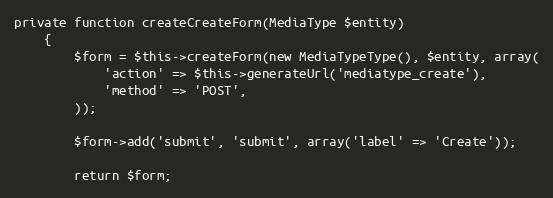
Language: PHP
private function createCreateForm(MediaType $entity)
    {
        $form = $this->createForm(new MediaTypeType(), $entity, array(
            'action' => $this->generateUrl('mediatype_create'),
            'method' => 'POST',
        ));

        $form->add('submit', 'submit', array('label' => 'Create'));

        return $form;